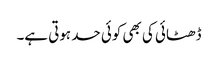
ڈھٹائی کی بھی کوئی حد ہوتی ہے۔